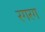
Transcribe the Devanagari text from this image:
रगरग